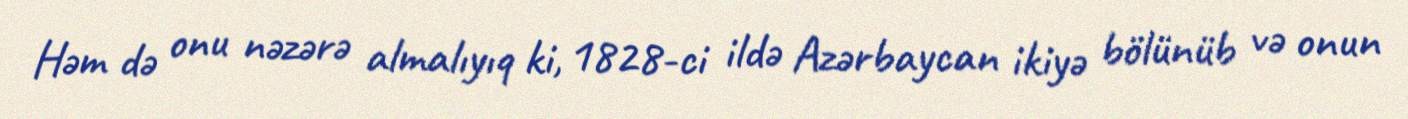
Həm də onu nəzərə almalıyıq ki, 1828-ci ildə Azərbaycan ikiyə bölünüb və onun